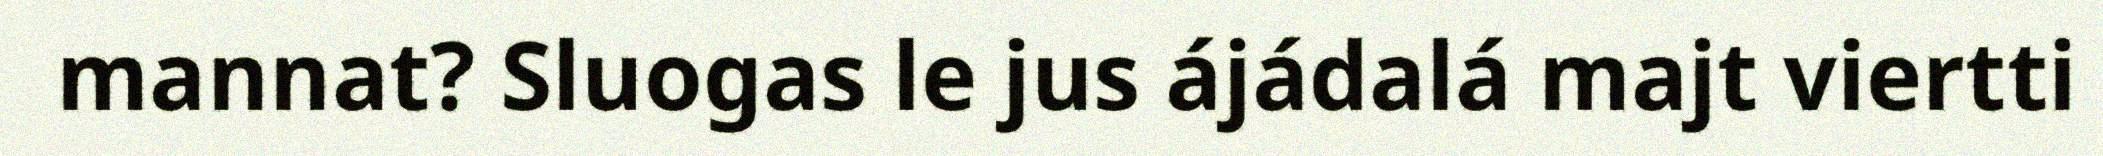
mannat? Sluogas le jus ájádalá majt viertti